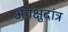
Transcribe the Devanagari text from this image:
अग्रक्षुदांत्र